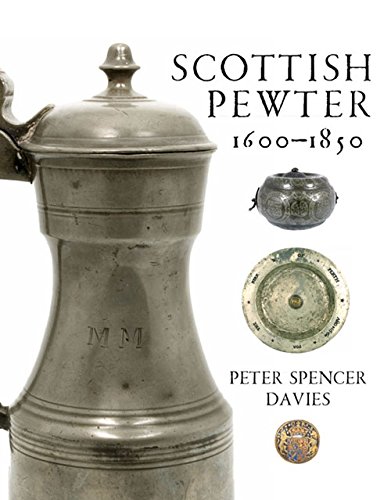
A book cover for Scottish Pewter 1600EE1850; Peter Spencer Davies; Crafts, Hobbies & Home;